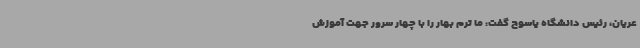
عریان، رئیس دانشگاه یاسوج گفت: ما ترم بهار را با چهار سرور جهت آموزش